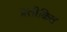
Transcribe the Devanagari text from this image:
प्रतीकित